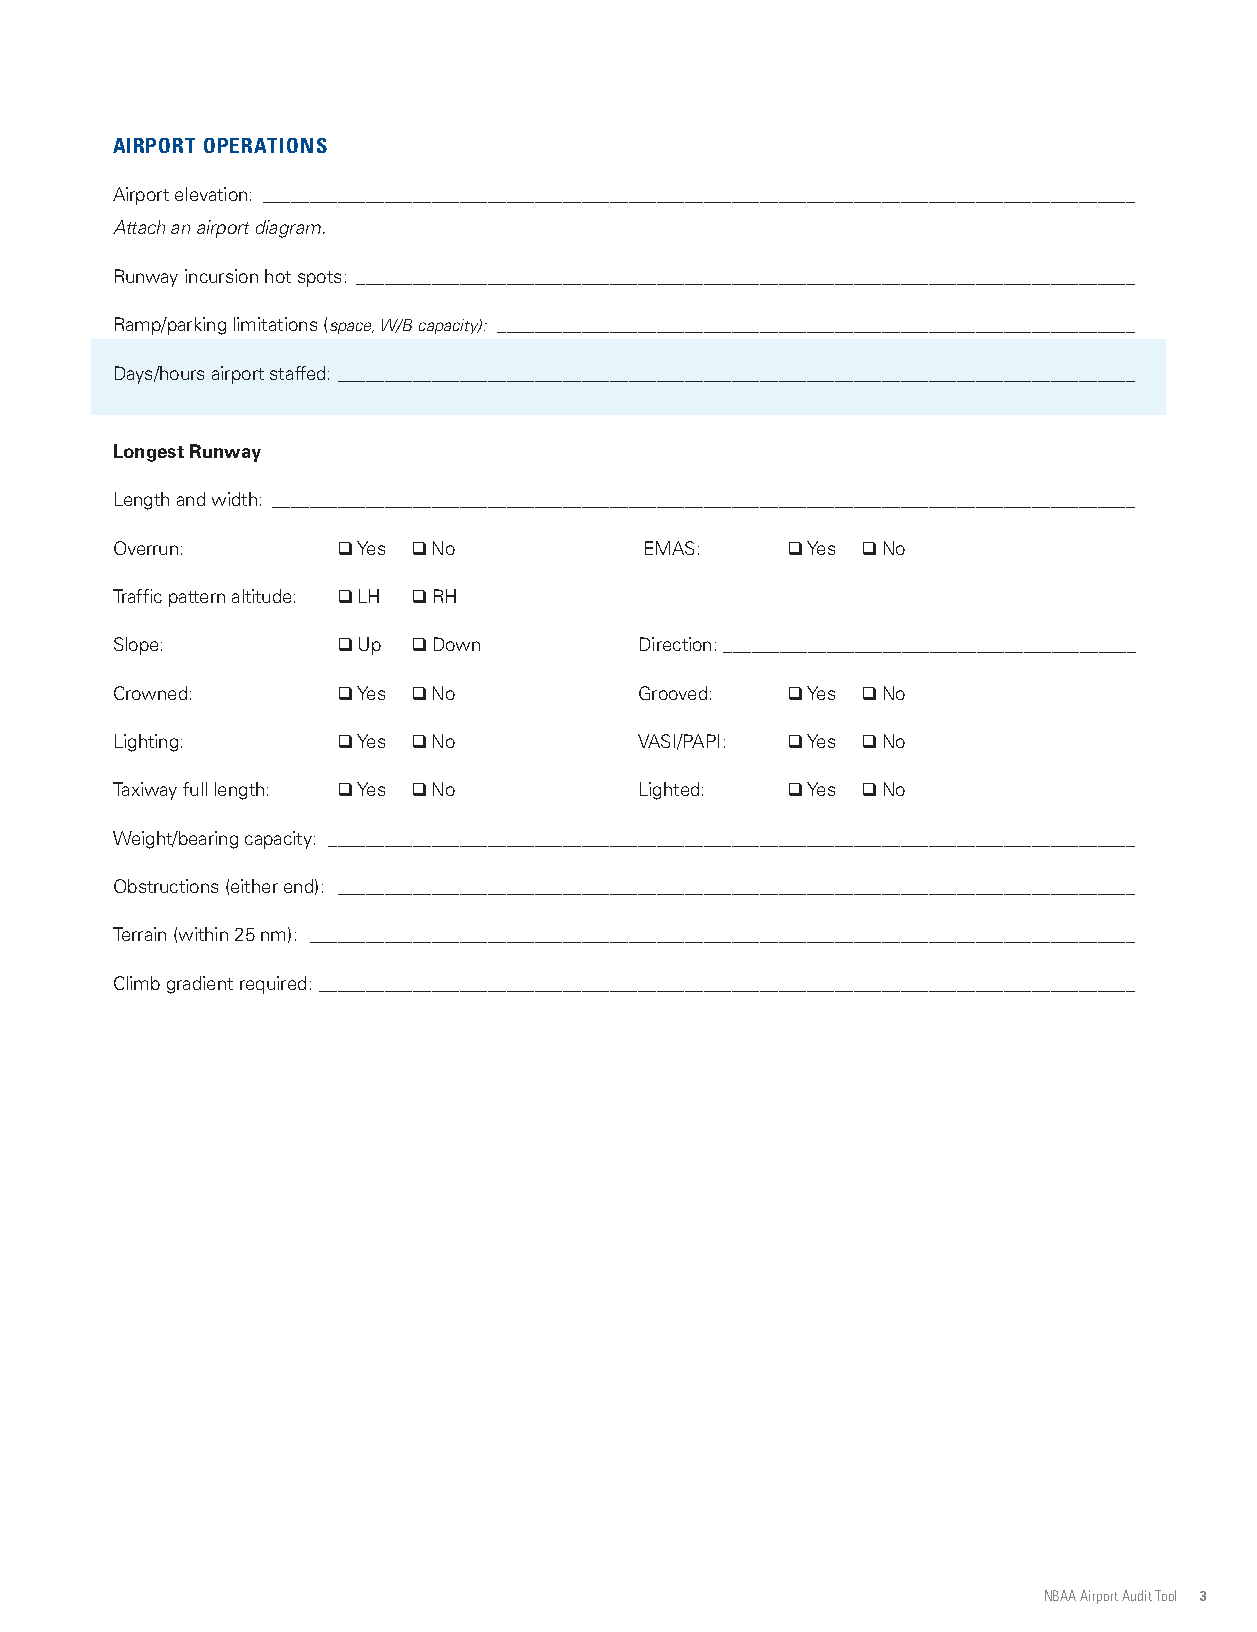
AIRPORT OPERATIONS
 Airport elevation: _____________________________________________________________________________________________
 Attach an airport diagram.
 Runway incursion hot spots: ___________________________________________________________________________________
 Ramp/parking limitations (space, W/B capacity): ____________________________________________________________________
 Days/hours airport staffed: _____________________________________________________________________________________
 Longest Runway
 Length and width: ____________________________________________________________________________________________
 Overrun:       q Yes q No           EMAS:    q Yes q No
 Traffic pattern altitude: q LH q RH
 Slope:         q Up q Down         Direction: ____________________________________________
 Crowned:       q Yes q No          Grooved:  q Yes q No
 Lighting:      q Yes q No          VASI/PAPI: q Yes q No
 Taxiway full length: q Yes q No    Lighted:  q Yes q No
 Weight/bearing capacity: ______________________________________________________________________________________
 Obstructions (either end): _____________________________________________________________________________________
 Terrain (within 25 nm): ________________________________________________________________________________________
 Climb gradient required: _______________________________________________________________________________________
 NBAA Airport Audit Tool 3
 PIHSREBMEM
 AABN